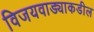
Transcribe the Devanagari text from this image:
विजयवाड्याकडील